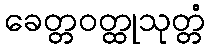
ခေတ္တဝတ္ထုသုတ္တံ